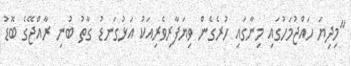
"މިދިޔަ ހައްޖުމަހުގައި މިނާގައި ހުރެގެން ވިޔަފާރިވެރިއަކު އަޅުގަނޑު ގާތު ބުނި ރާއްޖޭގެ ބޮޑު